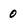
Character: 0